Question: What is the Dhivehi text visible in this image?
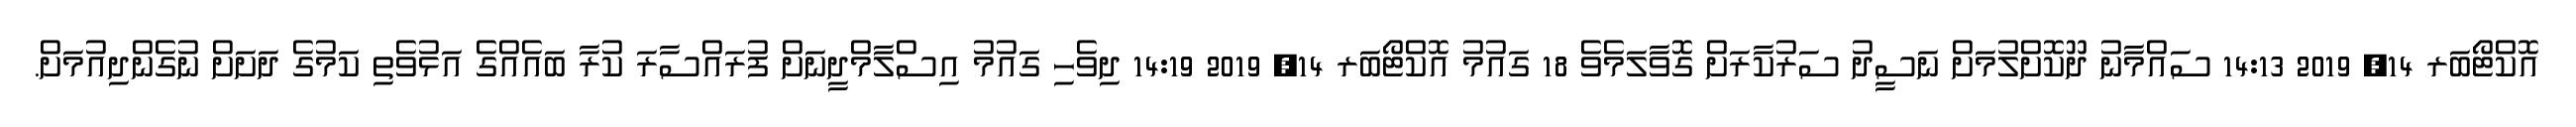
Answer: އޮކްޓޯބަރ 14, 2019 14:13 ސައްމާނު ދޫކޮށްލުމަށް ނަސީދު ސަރުކާރަށް ގޮވާލަމެވެ 18 ގައުމު އޮކްޓޯބަރ 14, 2019 14:19 ދިވެހި ގައުމު އިސްލާމްދީނަށް ފުރައްސާރަ ކުރާ ބައެއްގެ އަޅުވެތި ކަމުގެ ދަށަށް ނުގެންދިއުމަށް.